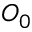
O _ { 0 }